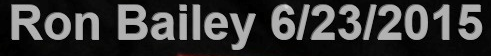
Ron Bailry 6/23/2015